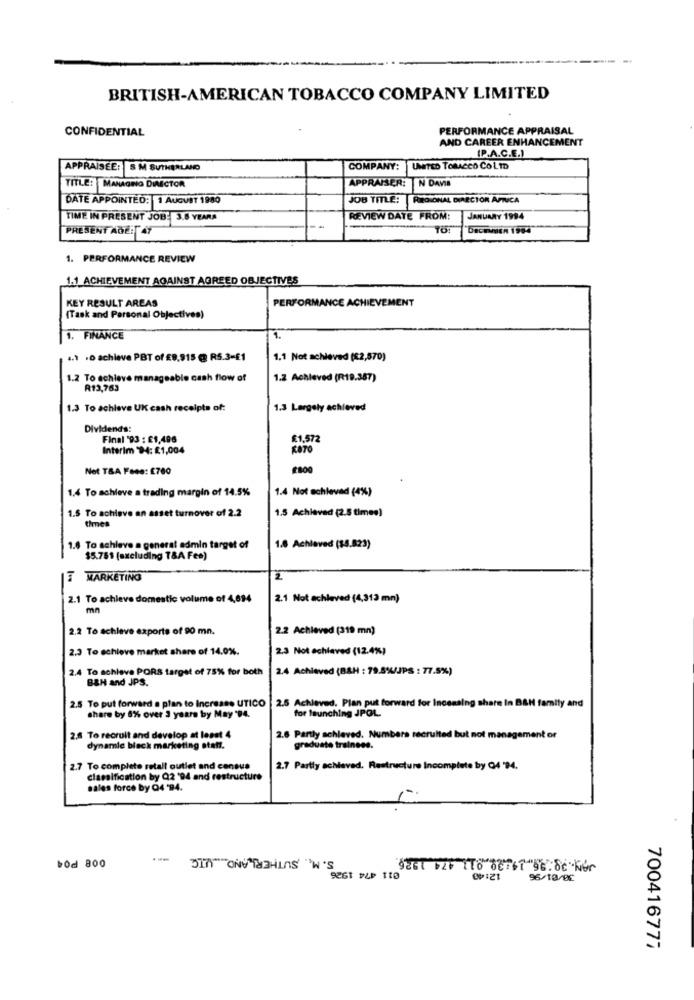
BRITISH-AMERICAN TOBACCO COMPANY LIMITED
CONFIDENTIAL
PERFORMANCE APPRAISAL
AND CAREER ENHANCEMENT
(P.A.C.E.)
APPRAISEE: S M SUTHERLAND
COMPANY:
UNITED TORACCO COLTD
APPRAISER: N DAVID
TITLE: MANAGING DIRECTOR
DATE APPOINTED: 1 AUGUST 1980
JOB TITLE:
RIREGIONAL DIRECTOR APRICA
TIME IN PRESENT JOB: 3.6 YEARA
REVIEW DATE FROM:
JANUARY 1994
PRESENT ADET 47
Decamen 1994
1. PERFORMANCE REVIEW
1.1_ACHIEVEMENT AGAINST AGREED OBJECTIVES
KEY RESULT AREAS
PERFORMANCE ACHIEVEMENT
(Task and Personal Objectives)
1. FINANCE
.1 .O achieve PBT of £9,915 @ RS.3=£1
1.1 Not achieved (82,570)
1.2 To achieve manageable cash flow of
1.2 Achieved (R19.387)
A13,763
1.3 To achieve UK cash receipts of:
1.3 Largely achieved
Dividend's!
Final 93 : 61,496
£1.572
Interim "$4: £1,004
KATO
Not TSA Fees: £760
1.4 To achieve a trading margin of 14.5%
1.4 Not echlevad (4%)
To achieve an asset turnover of 2.2
1.5 Achieved (2.5 times)
times
1.6 To achieve a general admin target of
1.8 Achieved ($4.523)
$5.781 (excluding T&A Fee)
MARKETING
2
2.1 To achieve domestic volume of 4,614
2.1 Not achieved (4,312 mm)
mn
2.2 To achieve exports of 90 mn.
2.2 Achieved (319 mn)
2.3 To achieve market share of 14.0%.
2.3 Not echlaved (12.4%)
2.4 To achieve PORS target of 75% for both
2.4 Achieved (BAH : 79.5%/JPS : 77.5%)
B&H and JPS.
2.5 To put forward a plan to Increase UTICO
2.5 Achieved. Plan put forward for Incensing share In B&N family and
for launching JPOL.
share by 8% over 3 years by May "94.
2.8 To recruit and develop at least 4
2.6 Partly achieved. Numbers recruited but not management or
dynamie black marketing statt.
graduate trainees.
2.7 To complete retall outlet and census
2.7 Partly achieved, Restructure incomplete by Q4 '94.
classification by Q2 '94 and restructure
sales force by Q4 -94.
S. M .. SUTHERLAND ... V.T.C.
--
bod 800
9261 020 TTO 06761 96:86.Wer
12:40
9261 PLP 110
96/18/0€
700416777